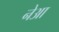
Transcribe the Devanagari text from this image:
नेआ